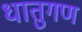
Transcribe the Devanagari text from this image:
धातुगण